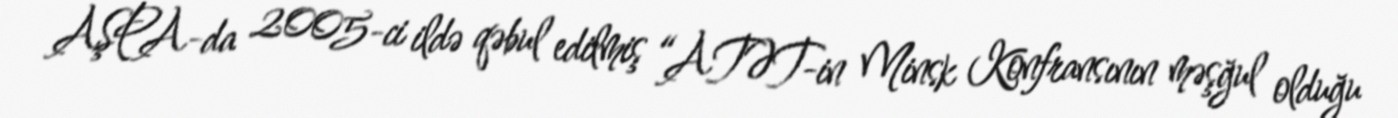
AŞPA-da 2005-ci ildə qəbul edilmiş “ATƏT-in Minsk Konfransının məşğul olduğu